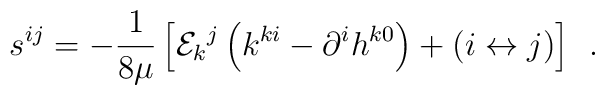
s^{ij}=-\frac 1{8\mu }\left[ {\cal E}_k{}^j\left( k^{ki}-\partial^ih^{k0}\right) +\left( i\leftrightarrow j\right) \right] \;\,.